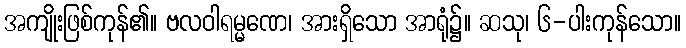
အကျိုးဖြစ်ကုန်၏။ ဗလဝါရမ္မဏေ၊ အားရှိသော အာရုံ၌။ ဆသု၊ ၆-ပါးကုန်သော။